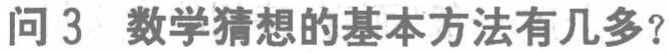
问 3 数学猜想的基本方法有几多？